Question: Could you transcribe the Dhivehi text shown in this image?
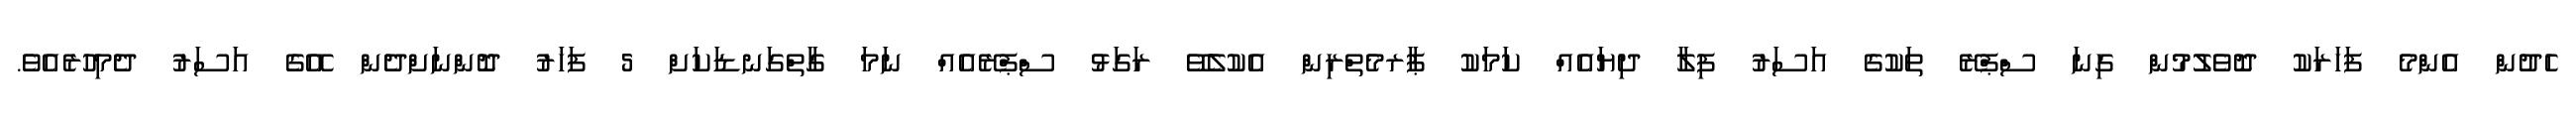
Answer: ހެދުން އެންމެ ފަހަރަކު ދޮވެލުމުން ގިނަ ސްޕްރޭ ތަކުގެ އަސަރު ފިލާ ދިޔައެއް ކަމަކު ޕާރމެތްރިން އެކުލެވޭ ރަގަޅު ސްޕްރޭއެއް ނަމަ ގާތްގަނޑަކަށް 5 ފަހަރު ދޮންނަށްދެން އޭގެ އަސަރު ދެމިހުރެއެވެ.